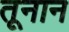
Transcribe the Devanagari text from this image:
तूनान